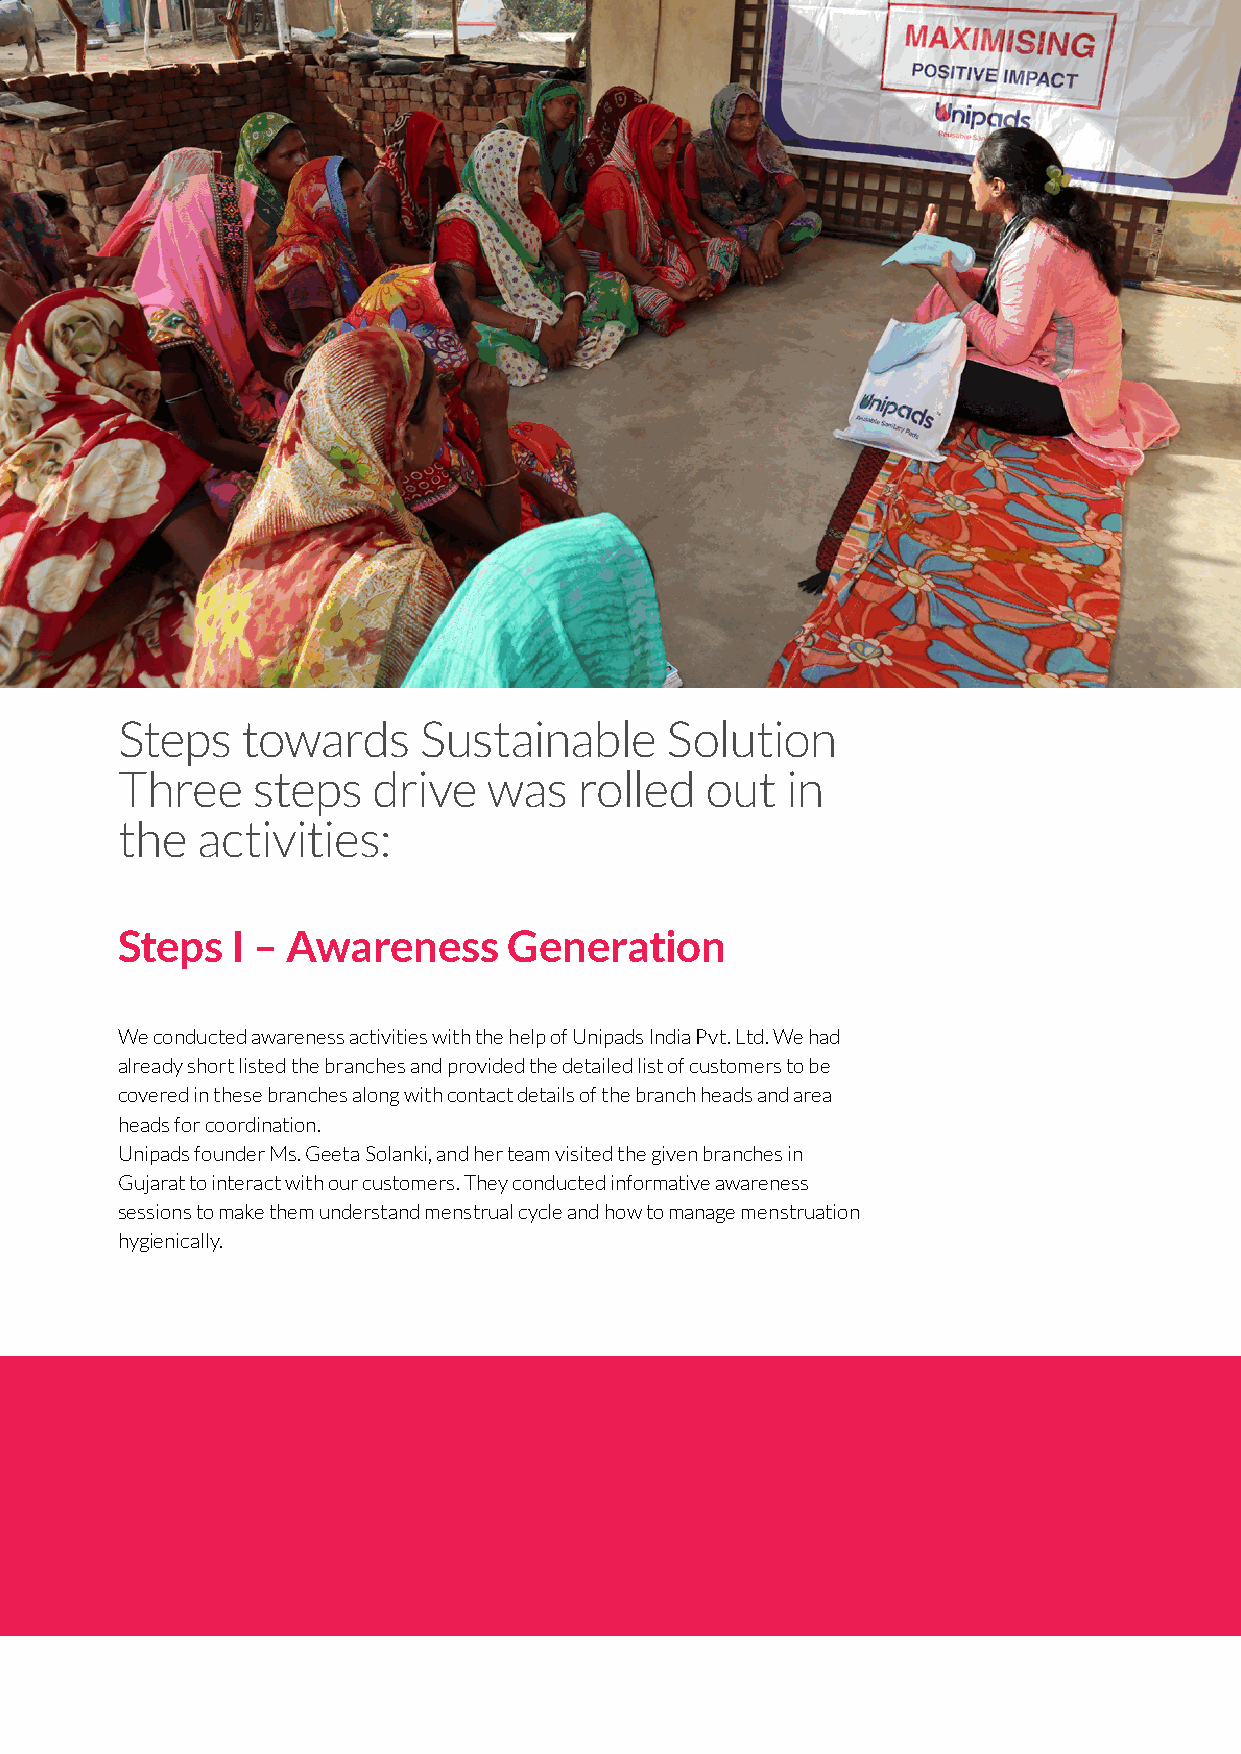
Steps   towards     Sustainable     Solution
 Three    steps   drive  was   rolled   out  in
 the  activities:
 Steps  I – Awareness      Generation
 We conducted awareness activities with the help of Unipads India Pvt. Ltd. We had
 already short listed the branches and provided the detailed list of customers to be
 covered in these branches along with contact details of the branch heads and area
 heads for coordination.
 Unipads founder Ms. Geeta Solanki, and her team visited the given branches in
 Gujarat to interact with our customers. They conducted informative awareness
 sessions to make them understand menstrual cycle and how to manage menstruation
 hygienically.